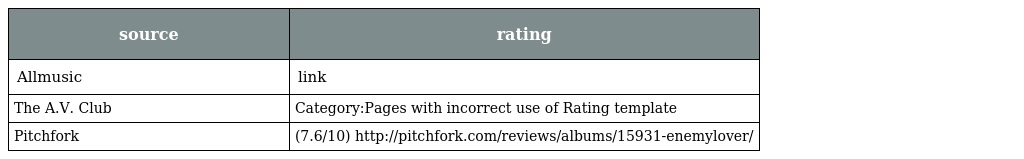
| source | rating |
 | --- | --- |
 | Allmusic | link |
 | The A.V. Club | Category:Pages with incorrect use of Rating template |
 | Pitchfork | (7.6/10) http://pitchfork.com/reviews/albums/15931-enemylover/ |